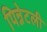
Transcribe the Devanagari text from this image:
पिन्नेटली